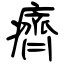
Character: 癠